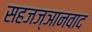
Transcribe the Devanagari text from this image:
सहजज्ञानवाद